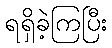
ရရှိခဲ့ကြပြီး